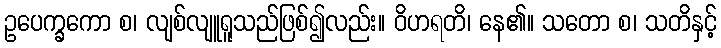
ဥပေက္ခကော စ၊ လျစ်လျူရူသည်ဖြစ်၍လည်း။ ဝိဟရတိ၊ နေ၏။ သတော စ၊ သတိနှင့်